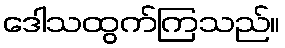
ဒေါသထွက်ကြသည်။